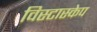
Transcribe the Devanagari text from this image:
विस्टास्केप